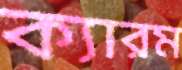
ক্যারম